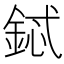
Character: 鋱